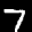
Label: 7